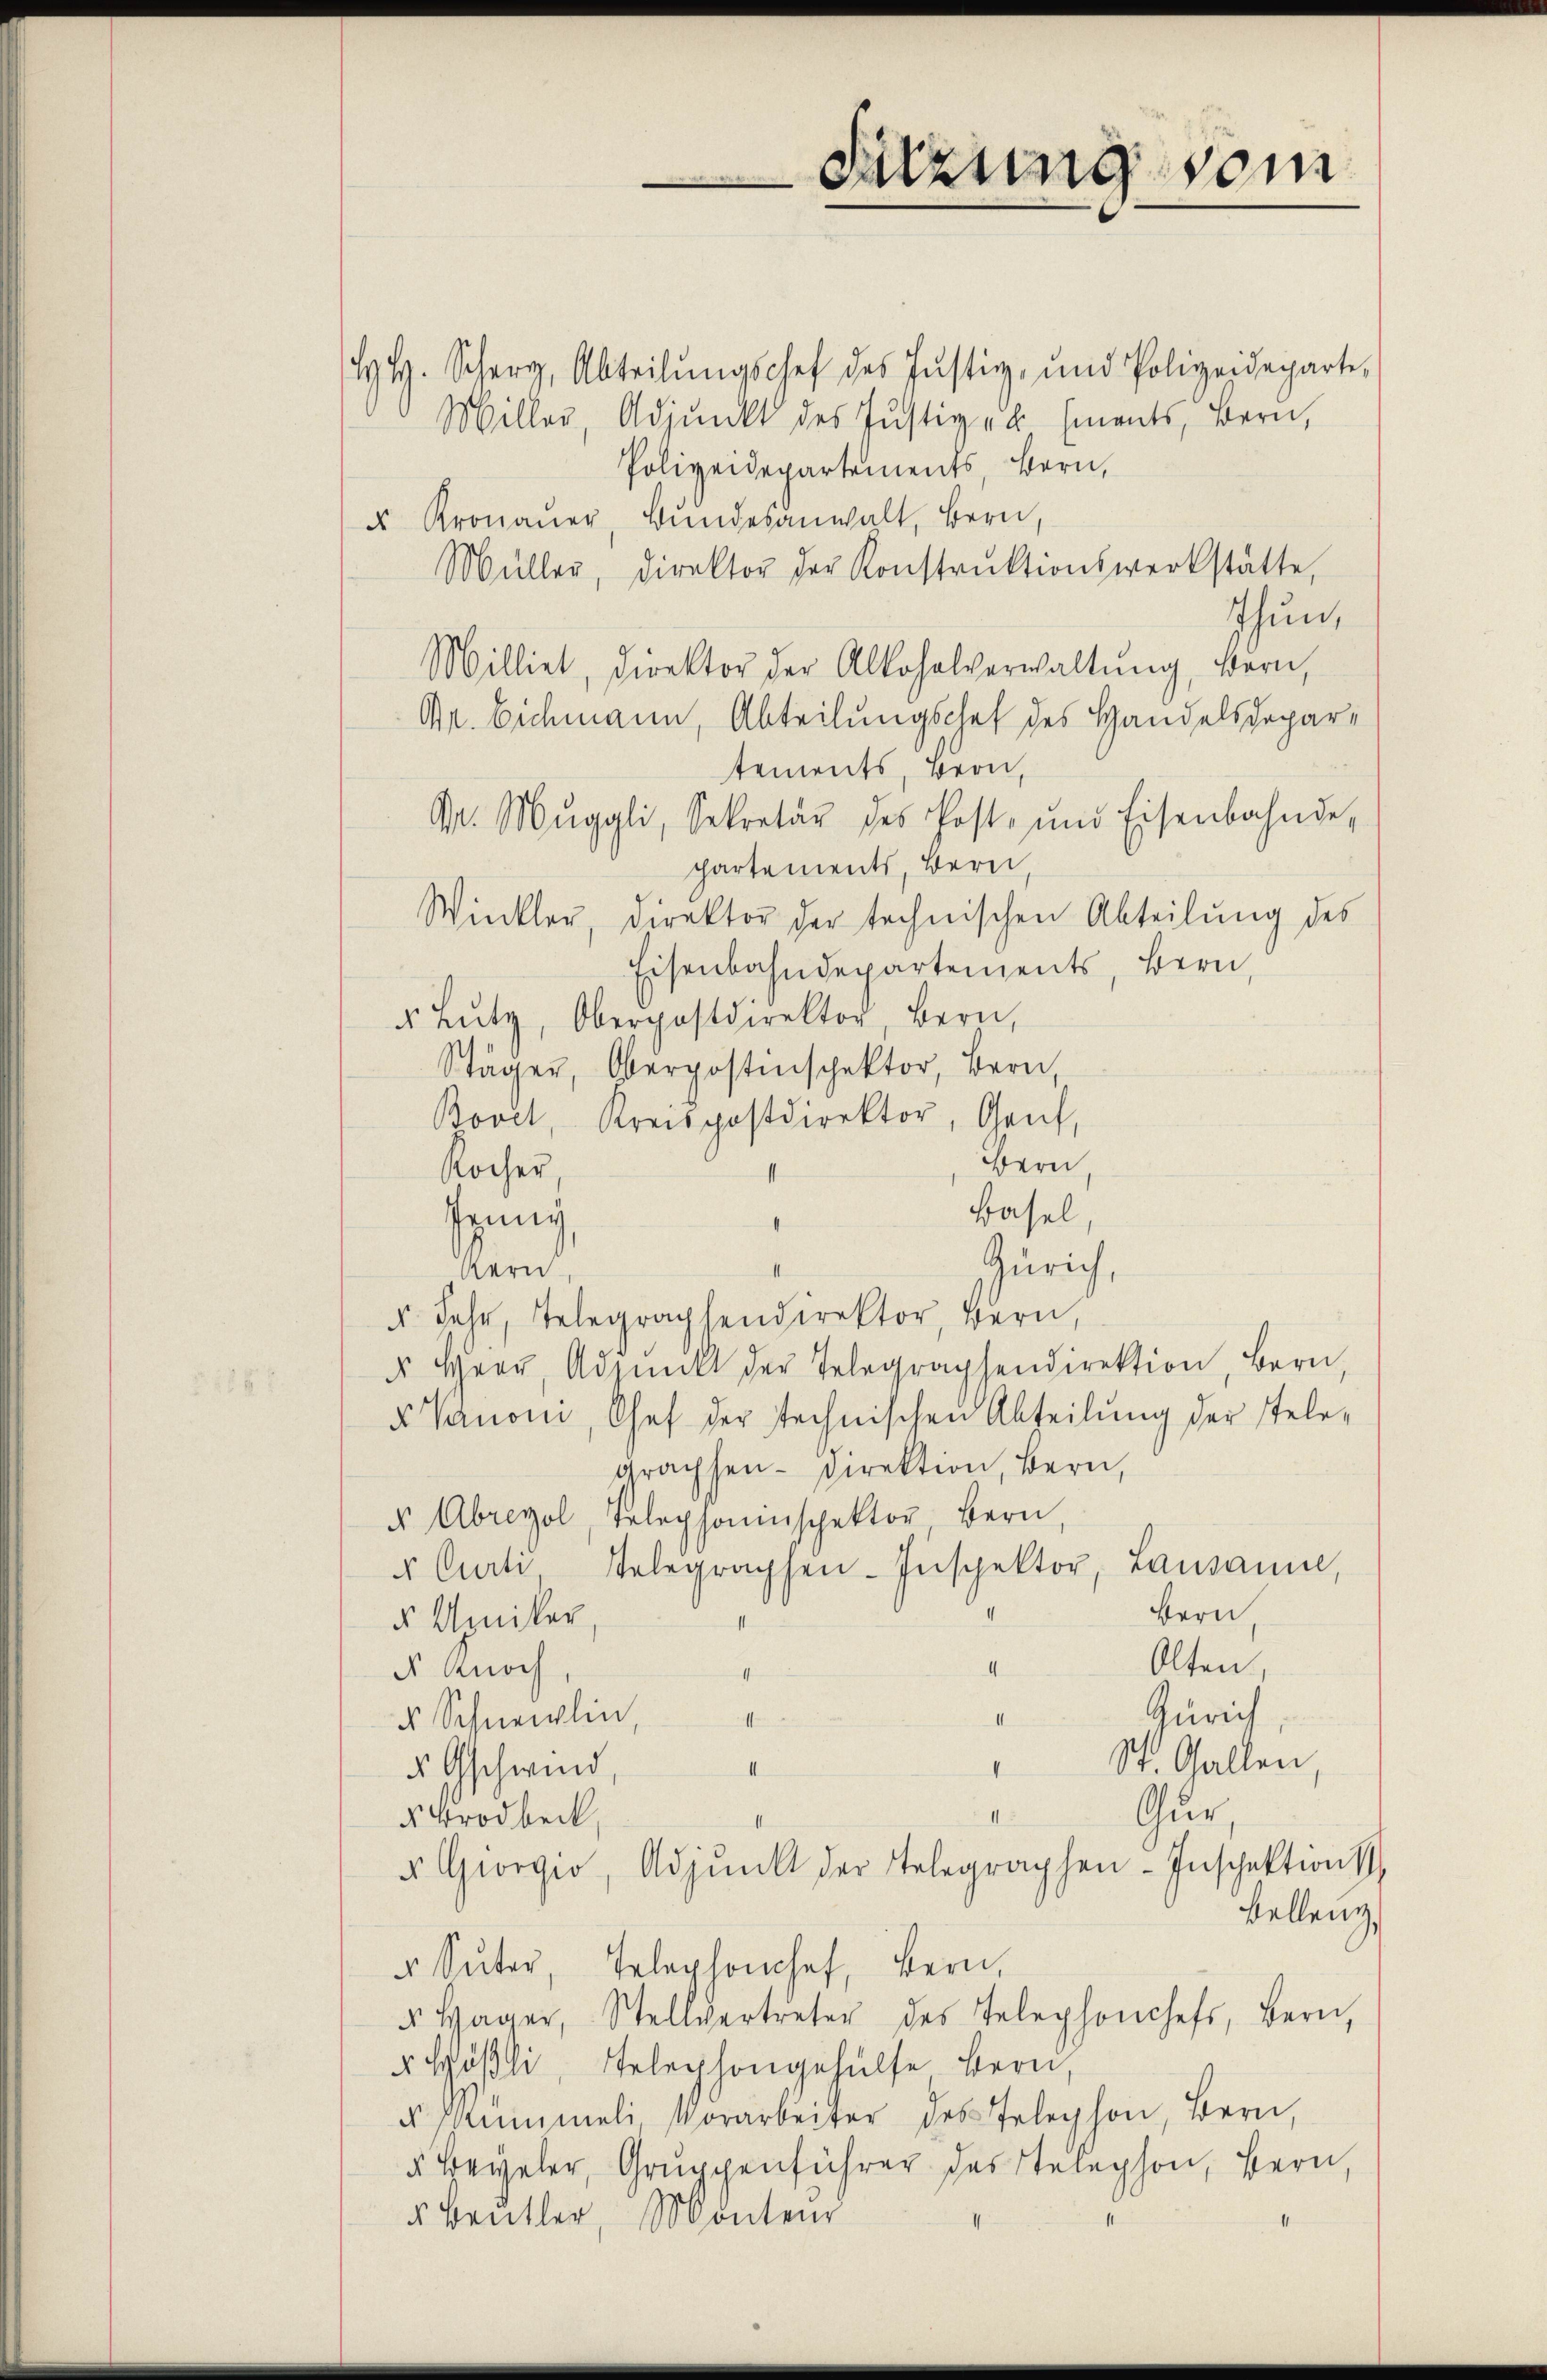
Sitzung vom

H. H. Scher, Abteilŭngschef des Justiz, und Polizeideparte,
Miller, Adjunkt des Justiz- u Ements, Bern,
Polizeidepartements, Bern,
u Kronauer, Bundesanwalt, Bern,
Müller, Direktor der Konstrŭktionswerkstatte,
Thun,
Milliet, Direktor der Alkohalverwaltŭng, Bern,
Dr. Eichmann, Abteilungschet des Handelsdepartements, Bern,
Dr. Muggli, Sekretär des Post- und Eisenbahnde,
partements, Bern,
Winkler, direktor der technischen Abteilŭng des
Eisenbahndepartements, Bern,
§ Lŭtz, Oberpostdirektor Bern,
Stäger, Oberpostenspektor, Bern,
Bovet, Kreispostdirektor, Genf,
Bern,
Rocher,
Basel,
ffung,
Zürich,
Kern,
. Jahr, Telegraphendirektor, Bern,
u Herr Adjunkt der Telegraphendirektion, Bern,
x Vanoni, Chef der stechnischen Abteilung der Telegrachsen- Direktion, Bern,
u Abreyol, Telephoninspektor Bern,
 Curti Telegraphen-Inspektor, Lausanne,
Bern
5 Umiker
Alten,
4
d Knoch
I
Zürich
d Schneidlin,
I
1
St. Gallen,
I
II
s Gschwind
Gur,
II.
5 Brodbeck
u Georgio, Adjunkt der Telegraphen-Inschaktions
Bellenz
u Sŭter, Telephonhof, Bern,
u Wager, Stellvertreter des Telephonchefs, Bern,
 Höβli, Telephongehülfe Bern,
 sammeli Vorarbeiter des Telephon, Bern,
5 Beyler, Gruppenführer des Telephon, Bern,
5 Beŭtler, Montenr
1